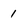
Character: 1